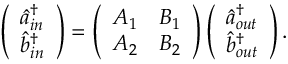
\left( \begin{array} { l } { \hat { a } _ { i n } ^ { \dagger } } \\ { \hat { b } _ { i n } ^ { \dagger } } \end{array} \right) = \left( \begin{array} { l l } { A _ { 1 } } & { B _ { 1 } } \\ { A _ { 2 } } & { B _ { 2 } } \end{array} \right) \left( \begin{array} { l } { \hat { a } _ { o u t } ^ { \dagger } } \\ { \hat { b } _ { o u t } ^ { \dagger } } \end{array} \right) .